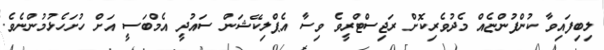
ލިބިފައިވާ ކުންފުންޏެއް މެދުވެރިކޮށް ރަޖިސްޓްރީވެ ވިސާ އެޕްލިކޭޝަން ސައުދީ އެމްބަސީ އަށް ހުށަހެޅުމުންނެވެ.